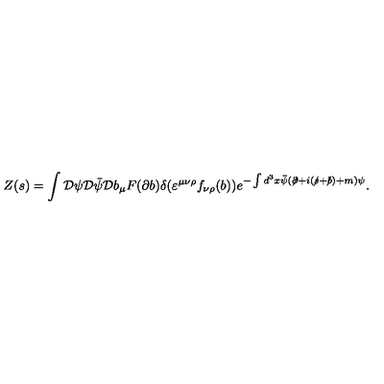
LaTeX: Z ( s ) = \int { \cal D } \psi { \cal D } \bar { \psi } { \cal D } b _ { \mu } F ( \partial b ) \delta ( \varepsilon ^ { \mu \nu \rho } f _ { \nu \rho } ( b ) ) e ^ { - \int d ^ { 3 } x \bar { \psi } ( \partial \! \! \! / + i ( s \! \! \! / + b \! \! \! / ) + m ) \psi } .